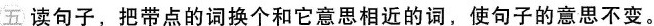
五 读句子，把带点的词换个和它意思相近的词，使句子的意思不变。